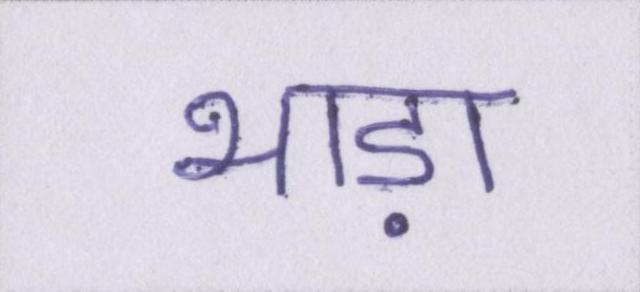
भाड़ा